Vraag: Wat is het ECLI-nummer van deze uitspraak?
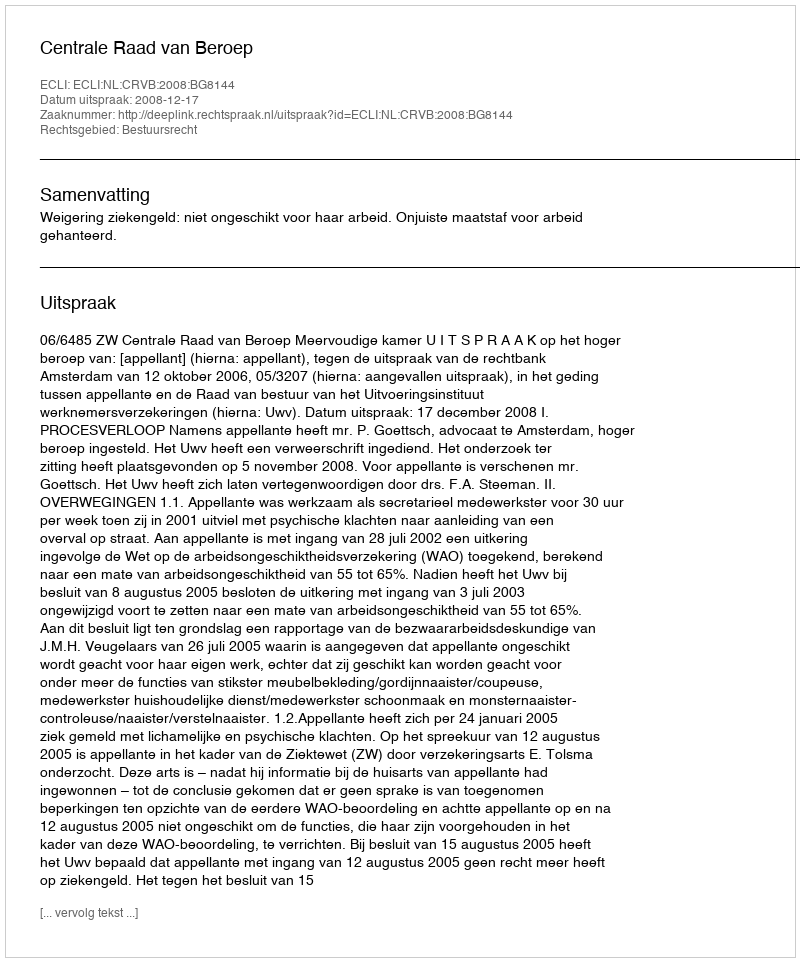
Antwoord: ECLI:NL:CRVB:2008:BG8144